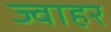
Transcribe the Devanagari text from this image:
ज्वाहर